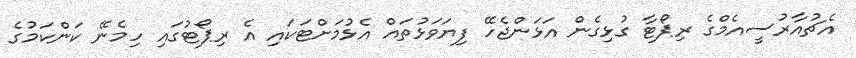
އެޗުއާރުސީއެމްގެ ރިޕޯޓާ ގުޅިގެން އަޅަންޖެހޭ ފިޔަވަޅުތައް އެޅުމަށްޓަކައި އެ ރިޕޯޓުގައި ހިމެނޭ ކަންކަމުގެ